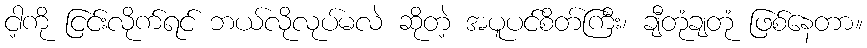
ငါ့ကို ငြင်းလိုက်ရင် ဘယ်လိုလုပ်မလဲ ဆိုတဲ့ အပူပင်စိတ်ကြီး၊ ချီတုံချတုံ ဖြစ်နေတာ။